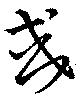
或